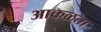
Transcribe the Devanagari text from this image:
आकळता